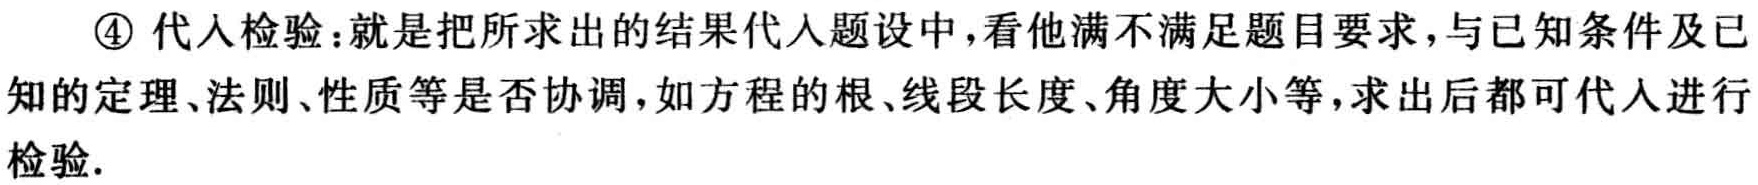
\textcircled{4} 代入检验：就是把所求出的结果代入题设中，看他满不满足题目要求，与已知条件及已知的定理、法则、性质等是否协调，如方程的根、线段长度、角度大小等，求出后都可代入进行检验.